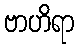
ဗာဟိရာ